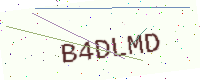
Text: B4DLMD